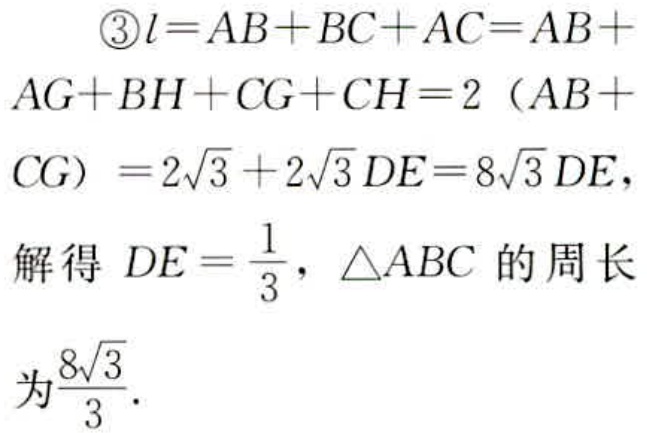
\begin{align*}
&\textcircled{3}l = AB + BC+AC=AB + AG + BH+CG + CH=2\ (AB + CG)=2\sqrt{3}+2\sqrt{3}DE = 8\sqrt{3}DE,\\
&\text{解得 }DE=\frac{1}{3},\ \triangle ABC\text{ 的周长为}\frac{8\sqrt{3}}{3}.
\end{align*}